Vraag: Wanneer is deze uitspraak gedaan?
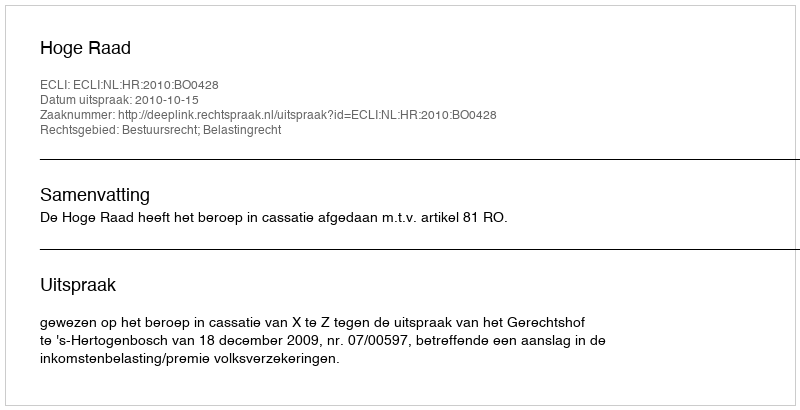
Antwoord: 2010-10-15